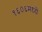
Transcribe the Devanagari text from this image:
१६०६मध्ये